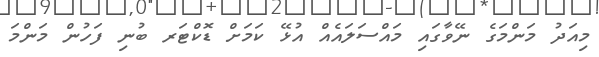
މިއަދު މަންމަގެ ނޭވާގައި މައްސަލައެއް އުޅޭ ކަމަށް ޑޮކްޓަރ ބުނި ފަހުން މަންމަ